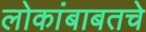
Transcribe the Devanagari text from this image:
लोकांबाबतचे